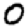
Digit: 0